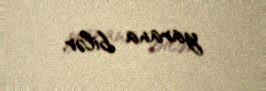
yarana bilər.